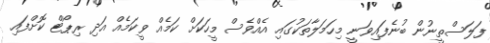
ފަލަސްތީނުން ބުނެފައިވަނީ މިހަމަލާތަކުގައި އެއްވެސް މީހަކަށް ކަމެއް ވީކަމެއް އަދި ރިޕޯޓް ކޮށްފައި